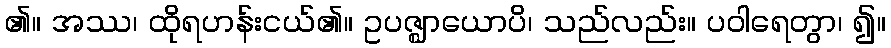
၏။ အဿ၊ ထိုရဟန်းငယ်၏။ ဥပဇ္ဈာယောပိ၊ သည်လည်း။ ပဝါရေတွာ၊ ၍။